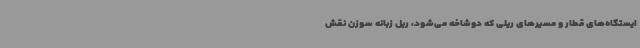
ایستگاه‌های قطار و مسیرهای ریلی که دوشاخه می‌شود، ریل زبانه سوزن نقش